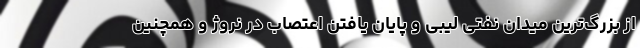
از بزرگ‌ترین میدان نفتی لیبی و پایان یافتن اعتصاب در نروژ و همچنین